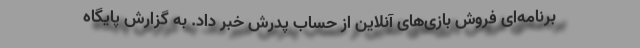
برنامه‌ای فروش بازی‌های آنلاین از حساب پدرش خبر داد. به گزارش پایگاه